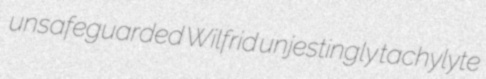
unsafeguarded Wilfrid unjestingly tachylyte